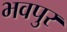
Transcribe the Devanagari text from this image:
भवपुर